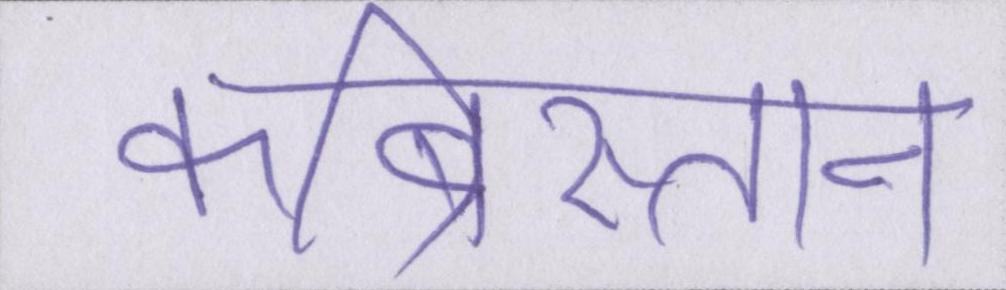
कब्रिस्तान